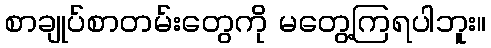
စာချုပ်စာတမ်းတွေကို မတွေ့ကြရပါဘူး။